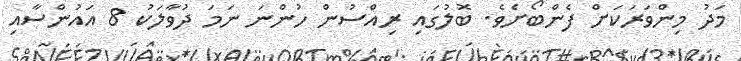
މަދު މިންވަރަކަށް ފެންބޯށެވެ. ބޮލުގައި ރިއްސުން ހުންނަ ނަމަ ދުވާލަކު 8 އައުންސާއި